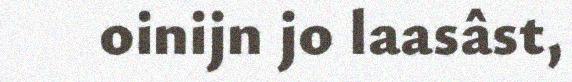
oinijn jo laasâst,